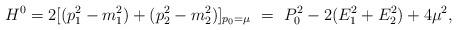
LaTeX: \begin{align*}H^0=2[(p_1^2-m_1^2)+(p_2^2-m_2^2)]_{p_0=\mu}\,\,=\,\,P_0^2-2(E_1^2+E_2^2)+4\mu^2, \end{align*}